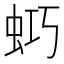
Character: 𧊌